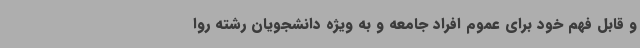
و قابل فهم خود برای عموم افراد جامعه و به ویژه دانشجویان رشته روا